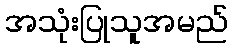
အသုံးပြုသူအမည်